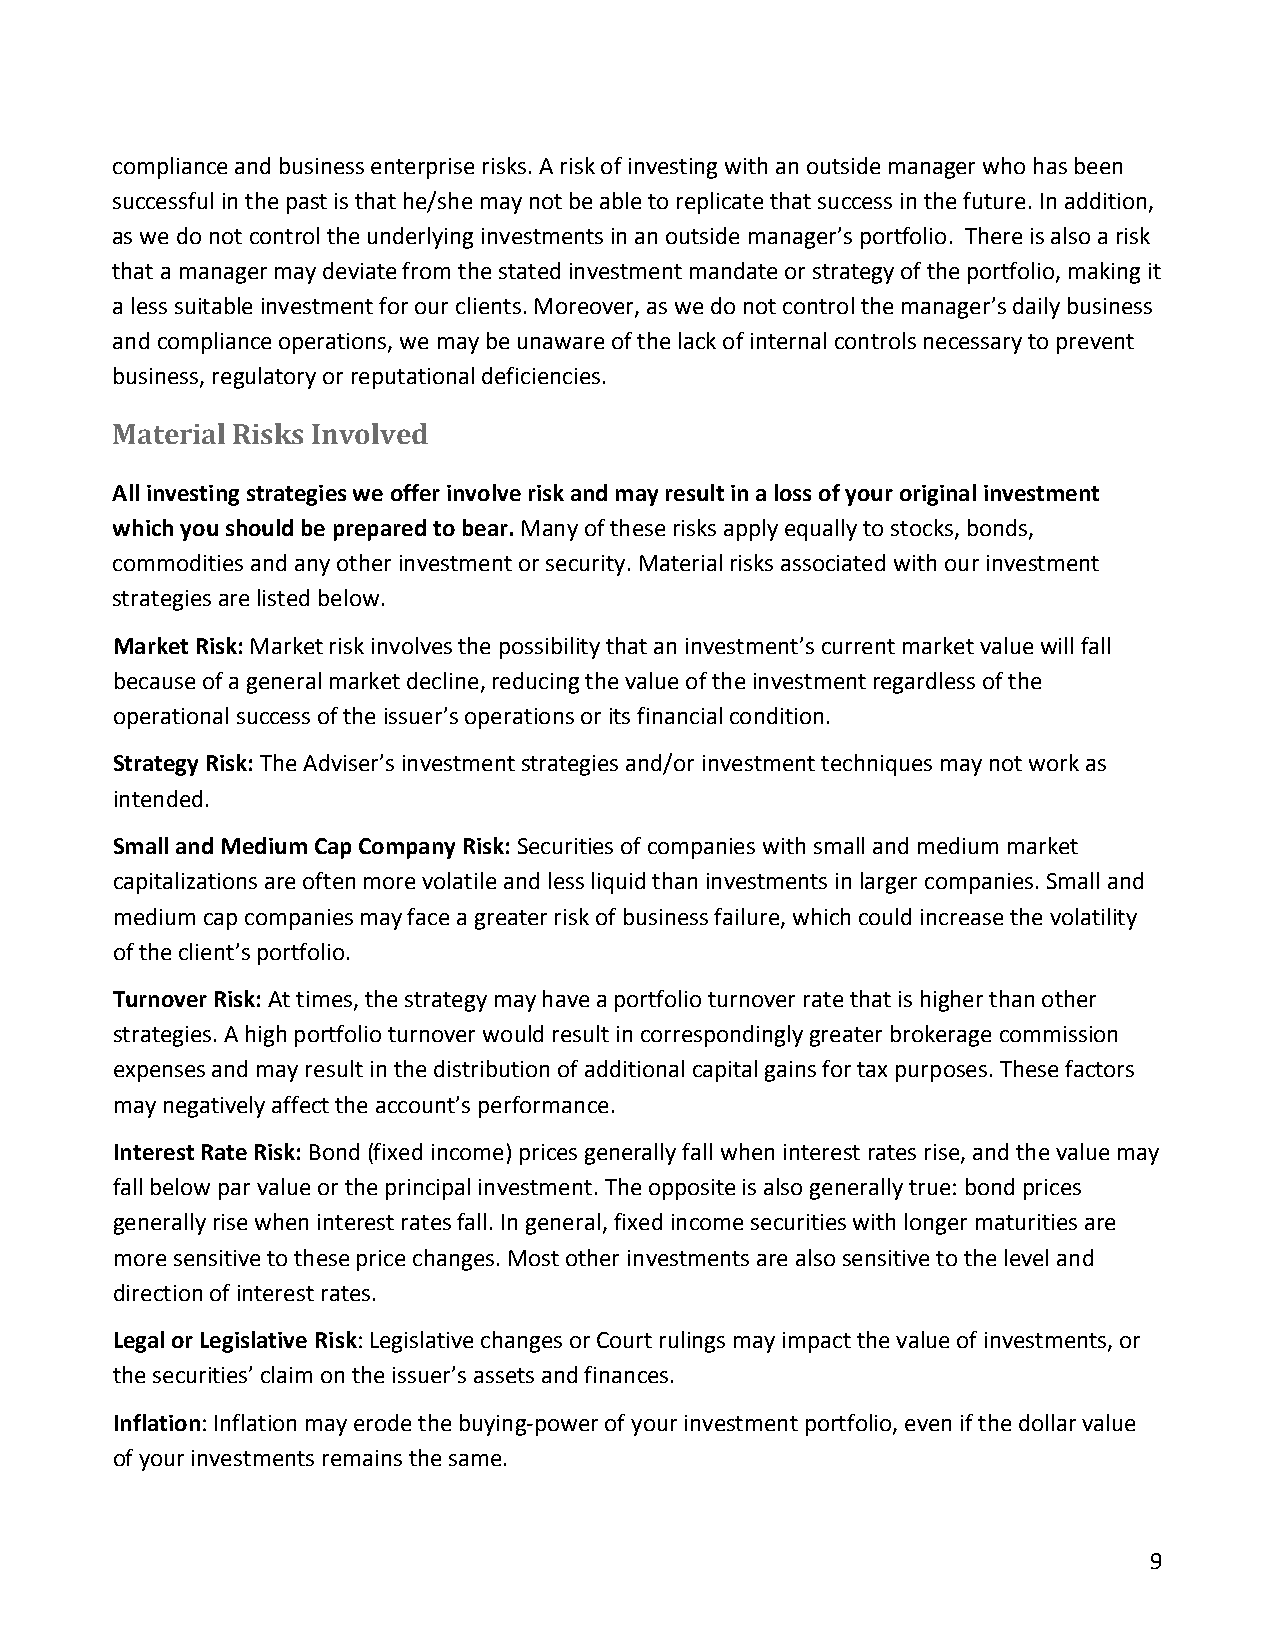
compliance and business enterprise risks. A risk of investing with an outside manager who has been
 successful in the past is that he/she may not be able to replicate that success in the future. In addition,
 as we do not control the underlying investments in an outside manager’s portfolio. There is also a risk
 that a manager may deviate from the stated investment mandate or strategy of the portfolio, making it
 a less suitable investment for our clients. Moreover, as we do not control the manager’s daily business
 and compliance operations, we may be unaware of the lack of internal controls necessary to prevent
 business, regulatory or reputational deficiencies.
 Material Risks Involved
 All investing strategies we offer involve risk and may result in a loss of your original investment
 which you should be prepared to bear. Many of these risks apply equally to stocks, bonds,
 commodities and any other investment or security. Material risks associated with our investment
 strategies are listed below.
 Market Risk: Market risk involves the possibility that an investment’s current market value will fall
 because of a general market decline, reducing the value of the investment regardless of the
 operational success of the issuer’s operations or its financial condition.
 Strategy Risk: The Adviser’s investment strategies and/or investment techniques may not work as
 intended.
 Small and Medium Cap Company Risk: Securities of companies with small and medium market
 capitalizations are often more volatile and less liquid than investments in larger companies. Small and
 medium cap companies may face a greater risk of business failure, which could increase the volatility
 of the client’s portfolio.
 Turnover Risk: At times, the strategy may have a portfolio turnover rate that is higher than other
 strategies. A high portfolio turnover would result in correspondingly greater brokerage commission
 expenses and may result in the distribution of additional capital gains for tax purposes. These factors
 may negatively affect the account’s performance.
 Interest Rate Risk: Bond (fixed income) prices generally fall when interest rates rise, and the value may
 fall below par value or the principal investment. The opposite is also generally true: bond prices
 generally rise when interest rates fall. In general, fixed income securities with longer maturities are
 more sensitive to these price changes. Most other investments are also sensitive to the level and
 direction of interest rates.
 Legal or Legislative Risk: Legislative changes or Court rulings may impact the value of investments, or
 the securities’ claim on the issuer’s assets and finances.
 Inflation: Inflation may erode the buying-power of your investment portfolio, even if the dollar value
 of your investments remains the same.
 9